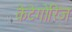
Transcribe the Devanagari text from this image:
केटेगोरिज